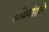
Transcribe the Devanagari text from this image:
इंद्रियांद्वारे